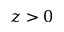
z > 0